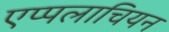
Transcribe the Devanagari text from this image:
एप्पलाचियन